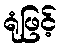
ရုံဖြင့်